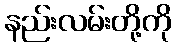
နည်းလမ်းတို့ကို